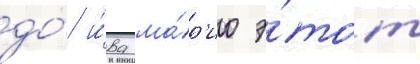
до́ и́ва ма́р'ио э́тот